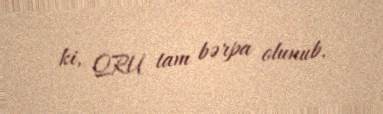
ki, QRU tam bərpa olunub.